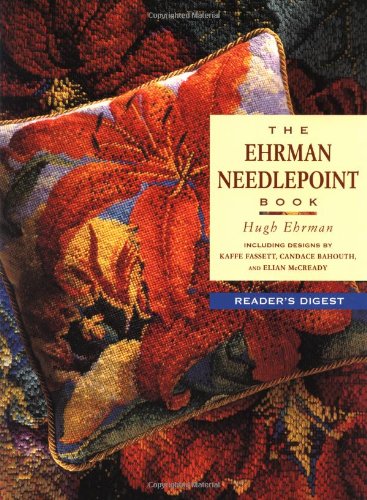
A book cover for The Ehrman Needlepoint Book; Hugh Ehrman; Crafts, Hobbies & Home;